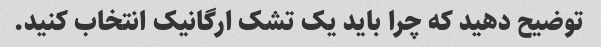
توضیح دهید که چرا باید یک تشک ارگانیک انتخاب کنید.